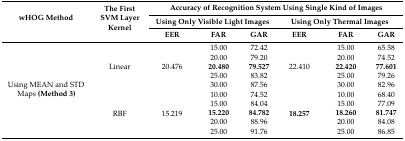
<table><thead><tr><td rowspan="3"><b>wHOG Method</b></td><td rowspan="3"><b>The First SVM Layer Kernel</b></td><td colspan="6"><b>Accuracy of Recognition System Using Single Kind of Images</b></td></tr><tr><td colspan="3"><b>Using Only Visible Light Images</b></td><td colspan="3"><b>Using Only Thermal Images</b></td></tr><tr><td><b>EER</b></td><td><b>FAR</b></td><td><b>GAR</b></td><td><b>EER</b></td><td><b>FAR</b></td><td><b>GAR</b></td></tr></thead><tbody><tr><td rowspan="10">Using MEAN and STD Maps <b>(Method 3)</b></td><td rowspan="5">Linear</td><td rowspan="5">20.476</td><td>15.00</td><td>72.42</td><td rowspan="5">22.410</td><td>15.00</td><td>65.58</td></tr><tr><td>20.00</td><td>79.20</td><td>20.00</td><td>74.52</td></tr><tr><td><b>20.480</b></td><td><b>79.527</b></td><td><b>22.420</b></td><td><b>77.601</b></td></tr><tr><td>25.00</td><td>83.82</td><td>25.00</td><td>79.26</td></tr><tr><td>30.00</td><td>87.56</td><td>30.00</td><td>82.96</td></tr><tr><td rowspan="5">RBF</td><td rowspan="5">15.219</td><td>10.00</td><td>74.52</td><td rowspan="5"><b>18.257</b></td><td>10.00</td><td>68.40</td></tr><tr><td>15.00</td><td>84.04</td><td>15.00</td><td>77.09</td></tr><tr><td><b>15.220</b></td><td><b>84.782</b></td><td><b>18.260</b></td><td><b>81.747</b></td></tr><tr><td>20.00</td><td>88.96</td><td>20.00</td><td>84.08</td></tr><tr><td>25.00</td><td>91.76</td><td>25.00</td><td>86.85</td></tr></tbody></table>